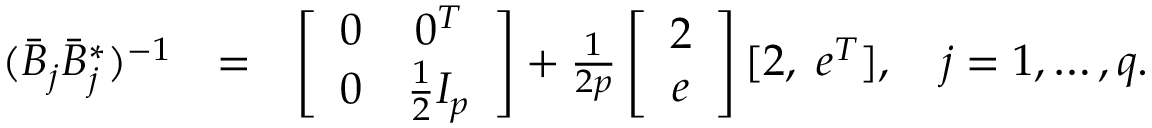
\begin{array} { r l r } { ( \bar { B } _ { j } \bar { B } _ { j } ^ { * } ) ^ { - 1 } } & { = } & { \left[ \begin{array} { c c } { 0 } & { 0 ^ { T } } \\ { 0 } & { \frac { 1 } { 2 } I _ { p } } \end{array} \right] + \frac { 1 } { 2 p } \left[ \begin{array} { c } { 2 } \\ { e } \end{array} \right] [ 2 , \; e ^ { T } ] , \quad j = 1 , \ldots , q . } \end{array}